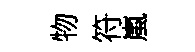
物符嵐